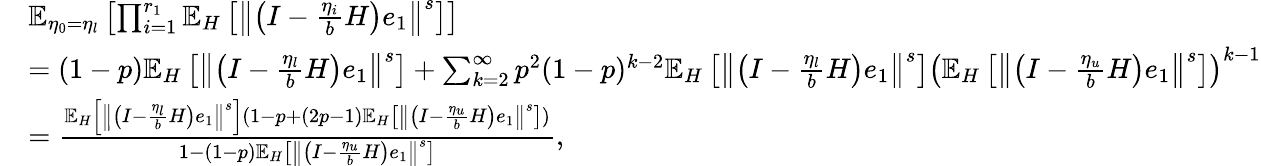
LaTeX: \begin{array}{rl}&{\mathbb{E}_{\eta_{0}=\eta_{l}}\left[\prod_{i=1}^{r_{1}}\mathbb{E}_{H}\left[\left\Vert\left(I-\frac{\eta_{i}}{b}H\right)e_{1}\right\Vert^{s}\right]\right]}\\ &{=(1-p)\mathbb{E}_{H}\left[\left\Vert\left(I-\frac{\eta_{l}}{b}H\right)e_{1}\right\Vert^{s}\right]+\sum_{k=2}^{\infty}p^{2}(1-p)^{k-2}\mathbb{E}_{H}\left[\left\Vert\left(I-\frac{\eta_{l}}{b}H\right)e_{1}\right\Vert^{s}\right]\left(\mathbb{E}_{H}\left[\left\Vert\left(I-\frac{\eta_{u}}{b}H\right)e_{1}\right\Vert^{s}\right]\right)^{k-1}}\\ &{=\frac{\mathbb{E}_{H}\left[\left\Vert\left(I-\frac{\eta_{l}}{b}H\right)e_{1}\right\Vert^{s}\right](1-p+(2p-1)\mathbb{E}_{H}\left[\left\Vert\left(I-\frac{\eta_{u}}{b}H\right)e_{1}\right\Vert^{s}\right])}{1-(1-p)\mathbb{E}_{H}\left[\left\Vert\left(I-\frac{\eta_{u}}{b}H\right)e_{1}\right\Vert^{s}\right]},}\end{array}